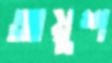
আয়ুশ